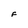
Character: F